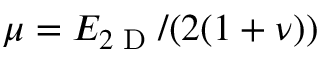
\mu = { E _ { 2 \textnormal { D } } } / { ( 2 ( 1 + \nu ) ) }